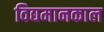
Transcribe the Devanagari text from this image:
विद्यमानकाल